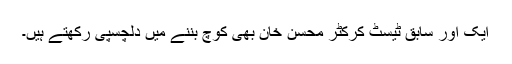
ایک اور سابق ٹیسٹ کرکٹر محسن خان بھی کوچ بننے میں دلچسپی رکھتے ہیں۔